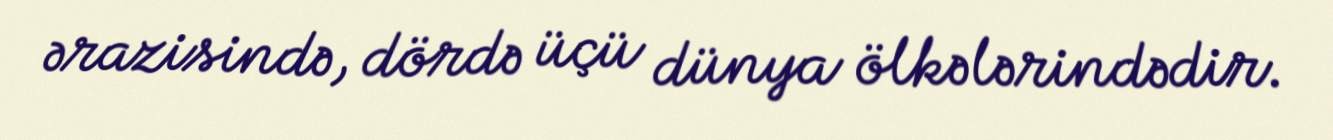
ərazisində, dördə üçü dünya ölkələrindədir.